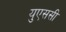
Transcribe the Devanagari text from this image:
युएससी